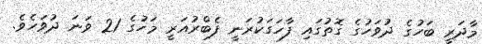
މާދަރީ ބަހުގެ ދުވަހުގެ ގޮތުގައި ފާހަގަކުރަނީ ފެބްރުއަރީ މަހުގެ 21 ވަނަ ދުވަހެވެ.